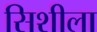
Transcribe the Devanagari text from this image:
सिशीला